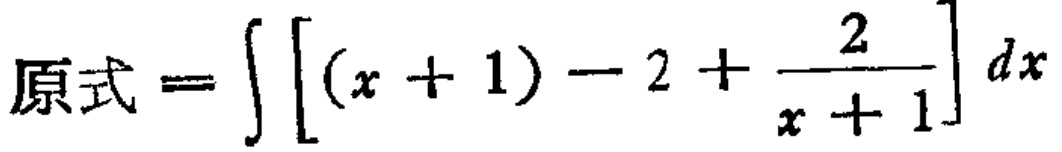
原式=\(\int \left[(x + 1)-2+\frac{2}{x + 1}\right] dx\)